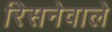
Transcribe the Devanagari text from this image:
रिसनेवाले